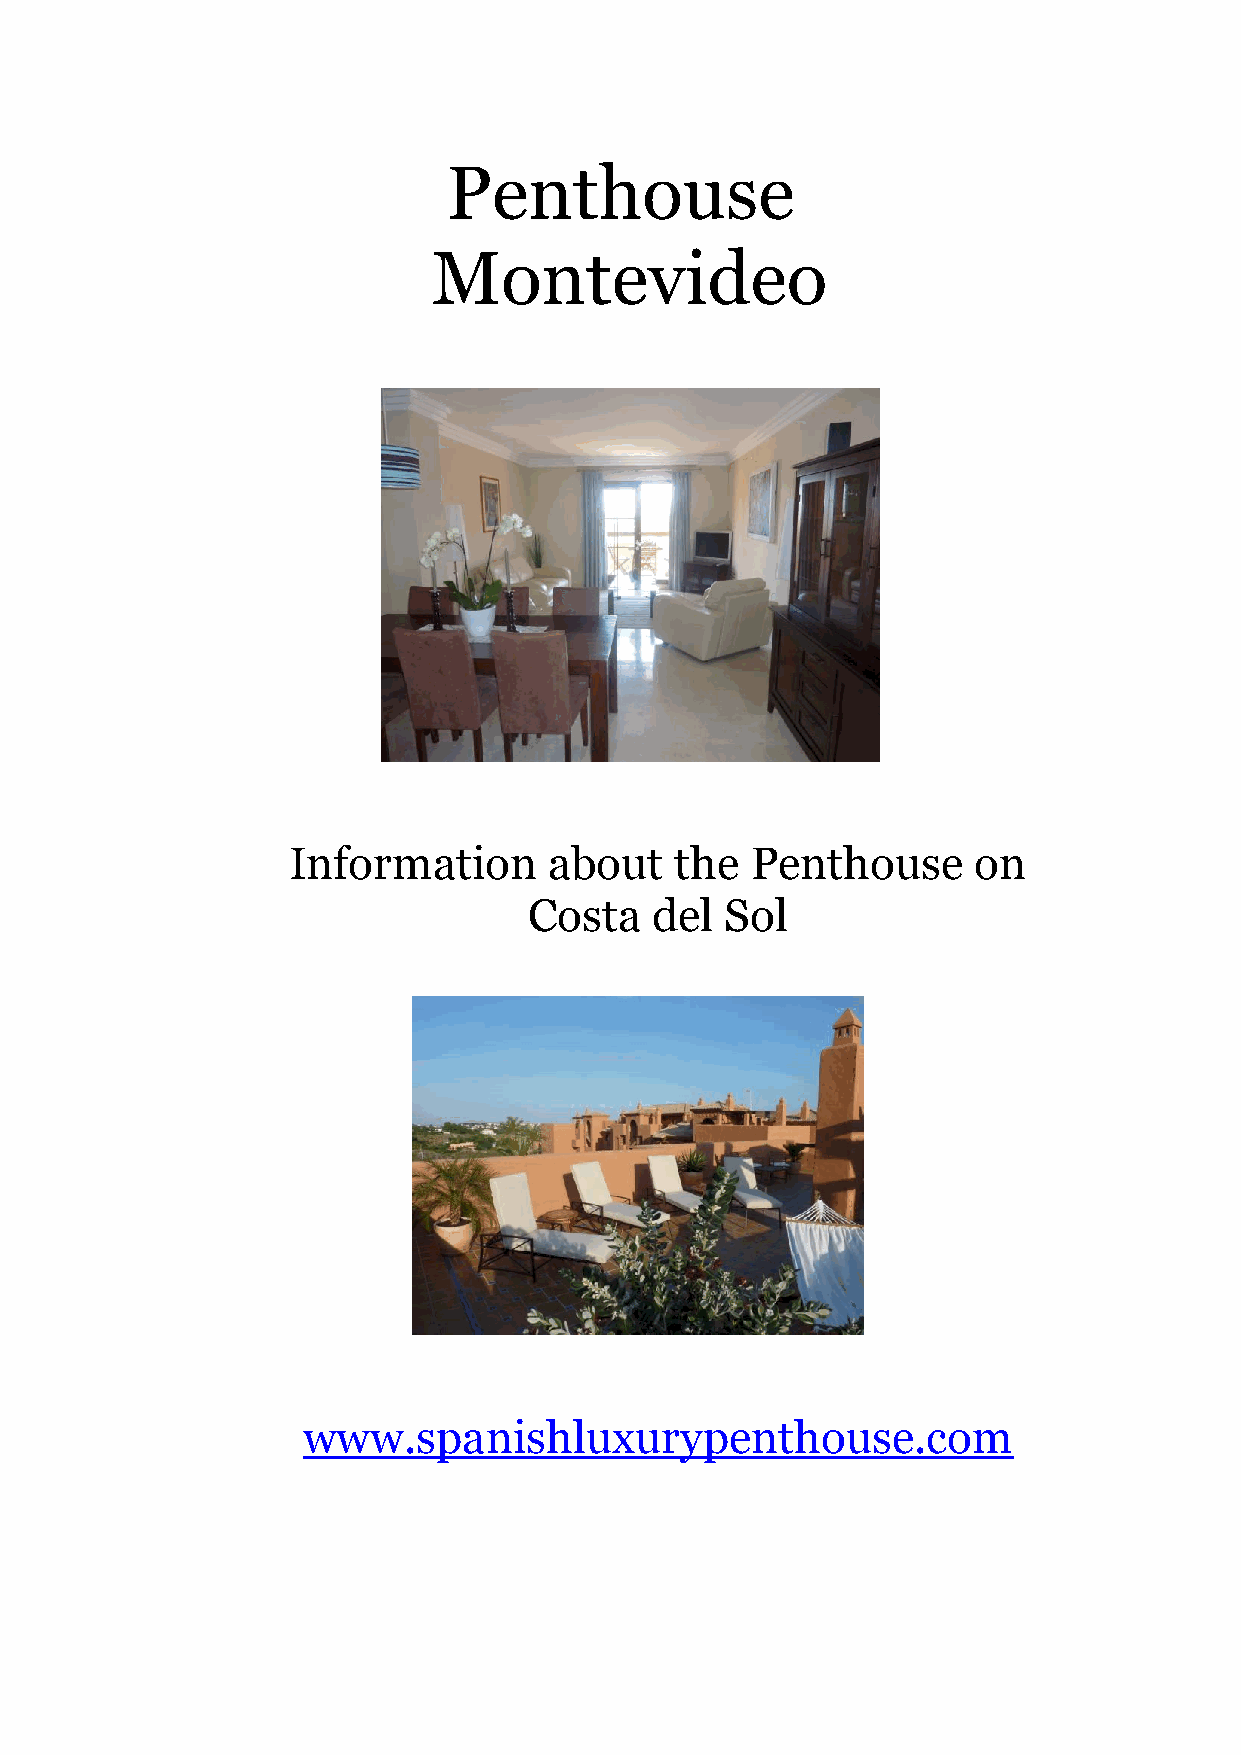
Penthouse
 Montevideo
 Information      about    the  Penthouse     on
 Costa   del  Sol
 www.spanishluxurypenthouse.com